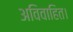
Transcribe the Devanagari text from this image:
अविवाहित।